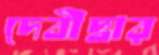
দেবীদ্বার